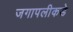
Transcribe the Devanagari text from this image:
जगापलीकडे